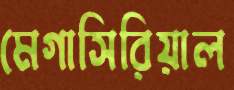
মেগাসিরিয়াল